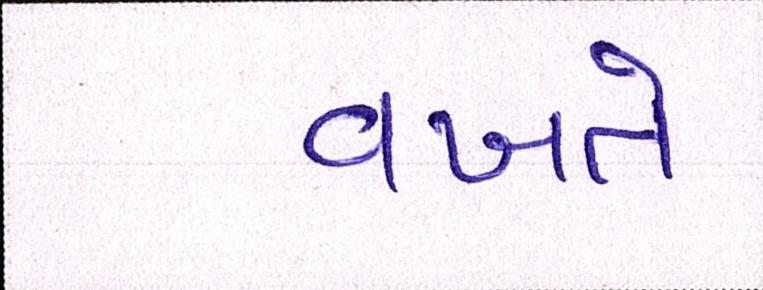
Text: વખતે